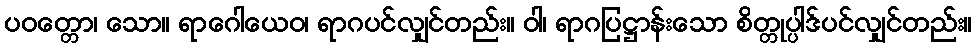
ပဝတ္တော၊ သော။ ရာဂေါယေဝ၊ ရာဂပင်လျှင်တည်း။ ဝါ၊ ရာဂပြဋ္ဌာန်းသော စိတ္တုပ္ပါဒ်ပင်လျှင်တည်း။